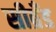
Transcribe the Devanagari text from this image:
सीब्रँड